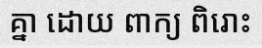
គ្នា ដោយ ពាក្យ ពិរោះ